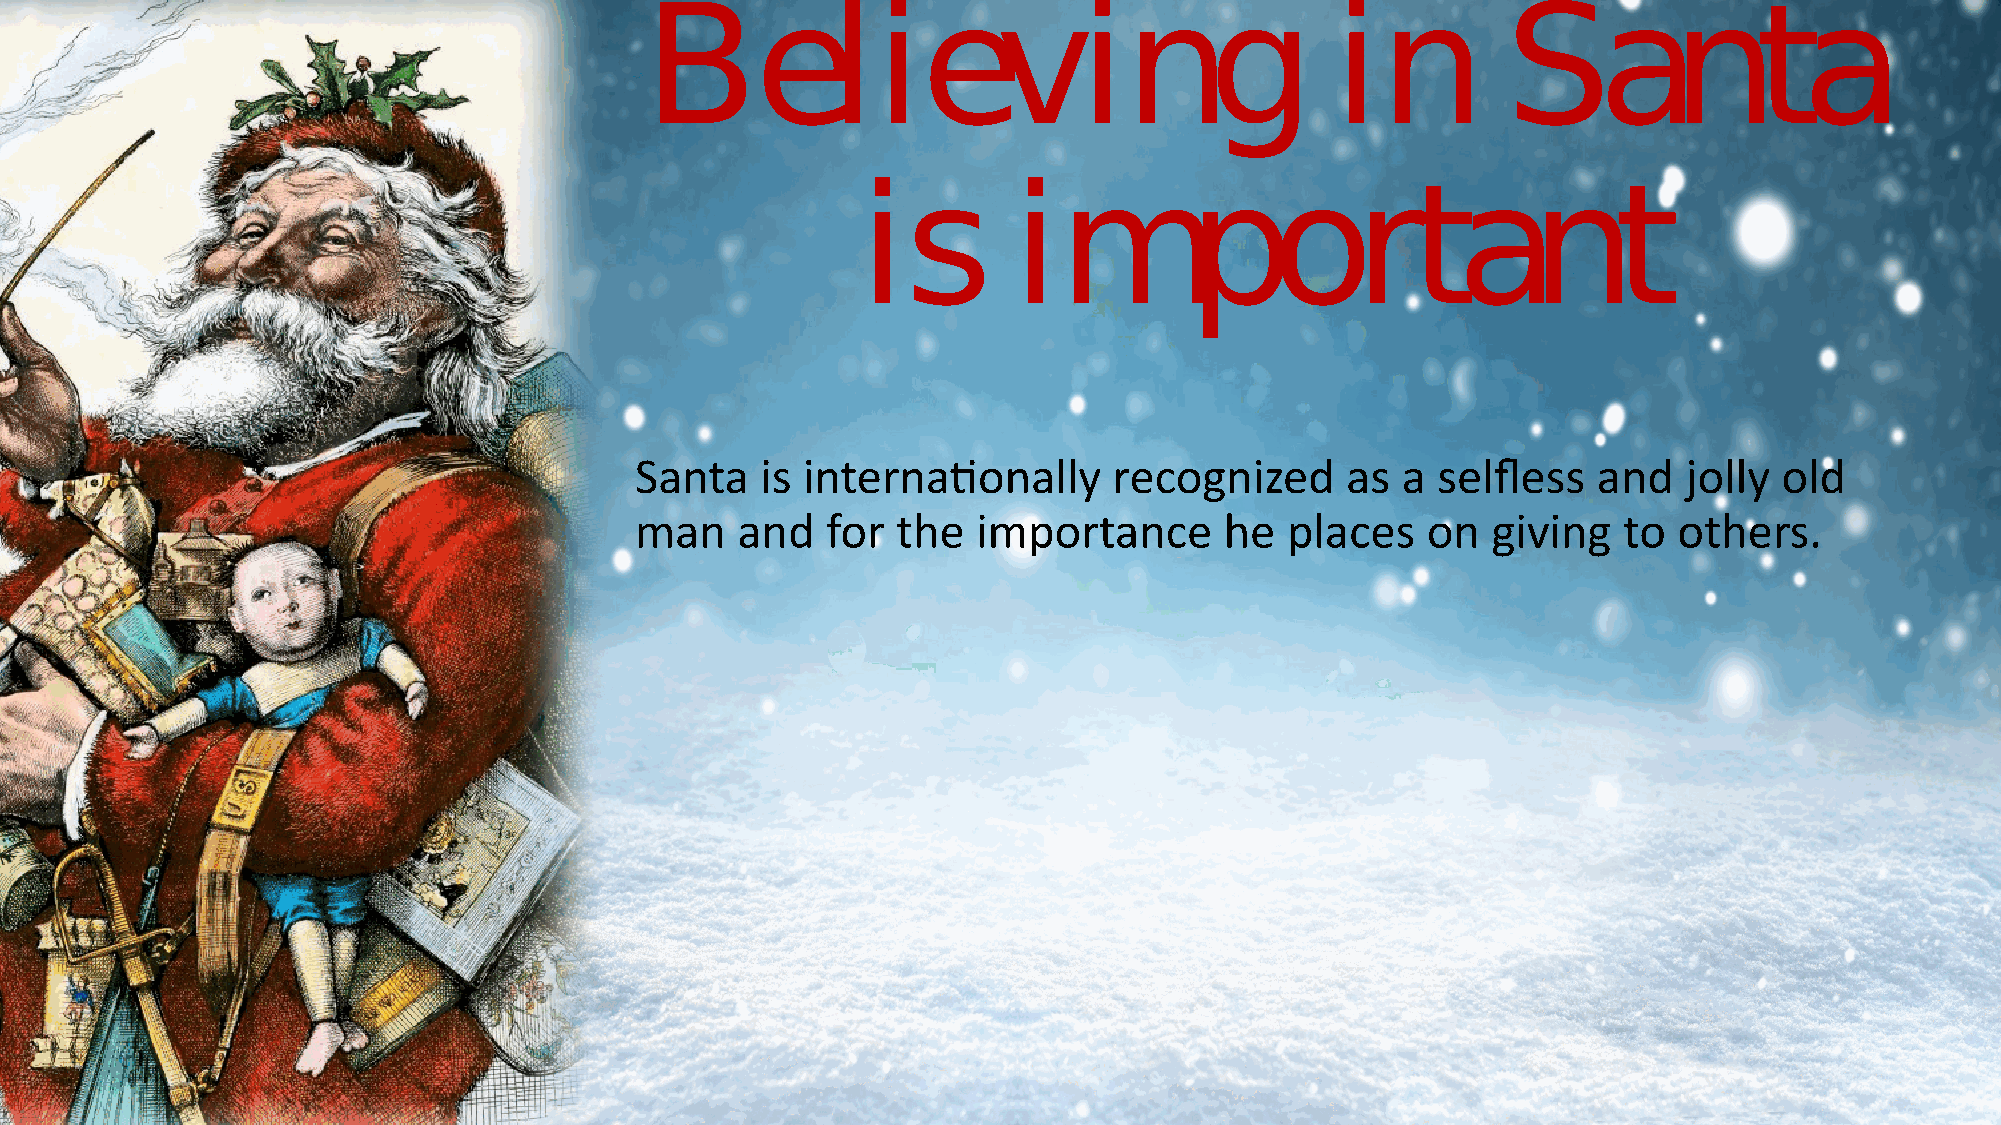
Believing                                    in          Santa
 is        important
 Santa   is internationally      recognized     as  a selfless   and   jolly old
 man    and   for the   importance      he  places   on   giving  to  others.